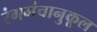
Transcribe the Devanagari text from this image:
रंगमंचानुकूल